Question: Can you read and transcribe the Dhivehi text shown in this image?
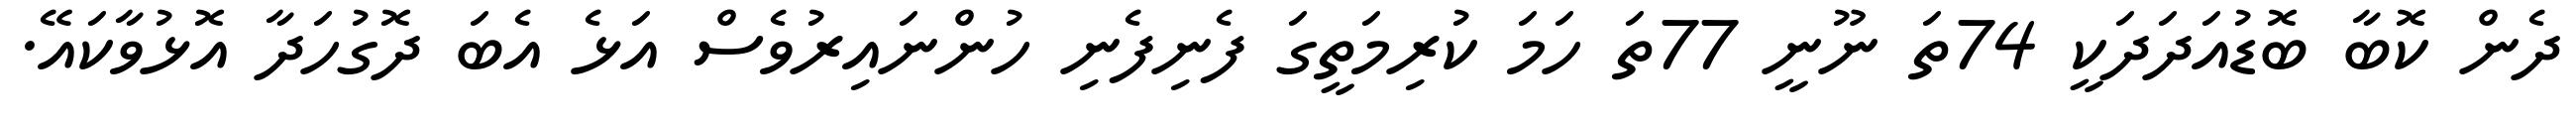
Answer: ދެން ކޮބާ ބޮޑުއަދަދަކީ 74ތަ ނޫނީ 77ތަ ހަމަ ކުރިމަތީގަ ފެނިފެނި ހުންނައިރުވެސް އަޅެ އެބަ ދޮގުހަދާ އޮޅުވާކައޭ.